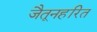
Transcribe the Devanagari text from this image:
जैतूनहरित